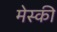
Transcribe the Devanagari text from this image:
मेस्की